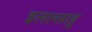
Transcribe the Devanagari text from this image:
इलल्लाहु